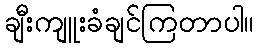
ချီးကျူးခံချင်ကြတာပါ။